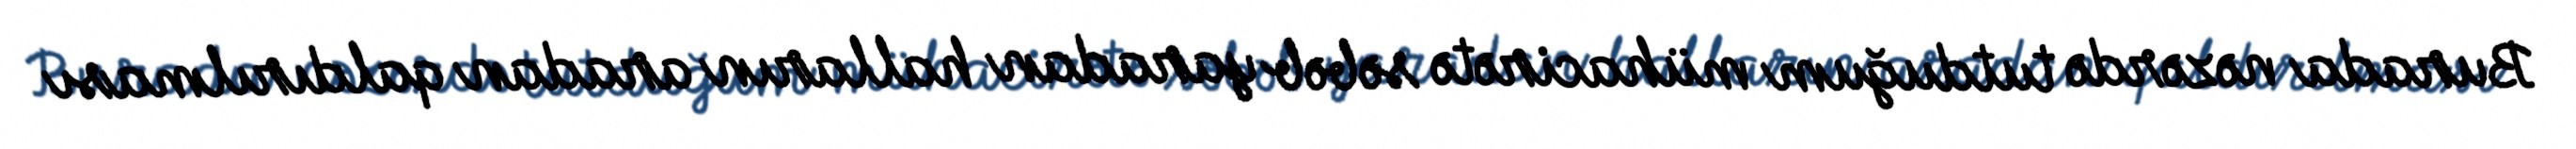
Burada nəzərdə tutduğum mühacirətə səbəb yaradan halların aradan qaldırılması